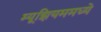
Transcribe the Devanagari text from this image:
म्यूझियममध्ये